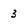
Character: 3